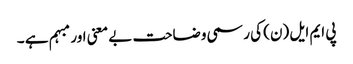
پی ایم ایل (ن) کی رسمی وضاحت بے معنی اور مبہم ہے ۔